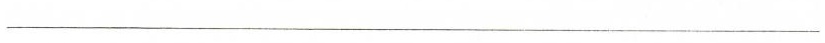
___